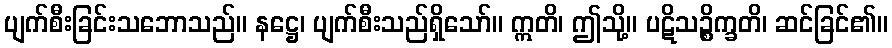
ပျက်စီးခြင်းသဘောသည်။ နဋ္ဌေ၊ ပျက်စီးသည်ရှိသော်။ ဣတိ၊ ဤသို့။ ပဋိသဉ္စိက္ခတိ၊ ဆင်ခြင်၏။